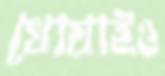
খোয়াইও